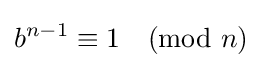
b^{n-1}\equiv 1{\pmod {n}}